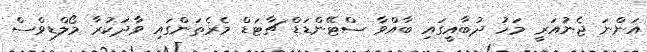
އަންނަ ޖެނުއަރީ މަހު ދުބާއީގައި ބާއްވާ ސްޓޭންޑަޑް ޗާޓަޑް މެރެތަންގައި ވާދަކުރާ މޯލްޑިވްސް